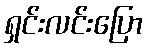
ရှင်းလင်းပြော